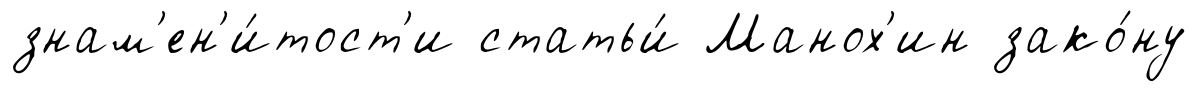
знам'ен'и́тост'и статьи́ Манох'ин зако́ну